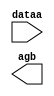
// megafunction wizard: %LPM_COMPARE%VBB%
// GENERATION: STANDARD
// VERSION: WM1.0
// MODULE: LPM_COMPARE 

// ============================================================
// Megafunction Name(s):
// 			LPM_COMPARE
//
// Simulation Library Files(s):
// 			lpm
// ============================================================
// ************************************************************
// THIS IS A WIZARD-GENERATED FILE. DO NOT EDIT THIS FILE!
//
// 17.1.0 Build 590 10/25/2017 SJ Lite Edition
// ************************************************************

//Copyright (C) 2017  Intel Corporation. All rights reserved.
//Your use of Intel Corporation's design tools, logic functions 
//and other software and tools, and its AMPP partner logic 
//functions, and any output files from any of the foregoing 
//(including device programming or simulation files), and any 
//associated documentation or information are expressly subject 
//to the terms and conditions of the Intel Program License 
//Subscription Agreement, the Intel Quartus Prime License Agreement,
//the Intel FPGA IP License Agreement, or other applicable license
//agreement, including, without limitation, that your use is for
//the sole purpose of programming logic devices manufactured by
//Intel and sold by Intel or its authorized distributors.  Please
//refer to the applicable agreement for further details.

module comparate (
	dataa,
	agb);

	input	[7:0]  dataa;
	output	  agb;

endmodule

// ============================================================
// CNX file retrieval info
// ============================================================
// Retrieval info: PRIVATE: AeqB NUMERIC "0"
// Retrieval info: PRIVATE: AgeB NUMERIC "0"
// Retrieval info: PRIVATE: AgtB NUMERIC "1"
// Retrieval info: PRIVATE: AleB NUMERIC "0"
// Retrieval info: PRIVATE: AltB NUMERIC "0"
// Retrieval info: PRIVATE: AneB NUMERIC "0"
// Retrieval info: PRIVATE: INTENDED_DEVICE_FAMILY STRING "MAX 10"
// Retrieval info: PRIVATE: LPM_PIPELINE NUMERIC "0"
// Retrieval info: PRIVATE: Latency NUMERIC "0"
// Retrieval info: PRIVATE: PortBValue NUMERIC "7"
// Retrieval info: PRIVATE: Radix NUMERIC "10"
// Retrieval info: PRIVATE: SYNTH_WRAPPER_GEN_POSTFIX STRING "0"
// Retrieval info: PRIVATE: SignedCompare NUMERIC "0"
// Retrieval info: PRIVATE: aclr NUMERIC "0"
// Retrieval info: PRIVATE: clken NUMERIC "0"
// Retrieval info: PRIVATE: isPortBConstant NUMERIC "1"
// Retrieval info: PRIVATE: nBit NUMERIC "8"
// Retrieval info: PRIVATE: new_diagram STRING "1"
// Retrieval info: LIBRARY: lpm lpm.lpm_components.all
// Retrieval info: CONSTANT: LPM_HINT STRING "ONE_INPUT_IS_CONSTANT=YES"
// Retrieval info: CONSTANT: LPM_REPRESENTATION STRING "UNSIGNED"
// Retrieval info: CONSTANT: LPM_TYPE STRING "LPM_COMPARE"
// Retrieval info: CONSTANT: LPM_WIDTH NUMERIC "8"
// Retrieval info: USED_PORT: agb 0 0 0 0 OUTPUT NODEFVAL "agb"
// Retrieval info: USED_PORT: dataa 0 0 8 0 INPUT NODEFVAL "dataa[7..0]"
// Retrieval info: CONNECT: @dataa 0 0 8 0 dataa 0 0 8 0
// Retrieval info: CONNECT: @datab 0 0 8 0 7 0 0 8 0
// Retrieval info: CONNECT: agb 0 0 0 0 @agb 0 0 0 0
// Retrieval info: GEN_FILE: TYPE_NORMAL comparate.v TRUE
// Retrieval info: GEN_FILE: TYPE_NORMAL comparate.inc FALSE
// Retrieval info: GEN_FILE: TYPE_NORMAL comparate.cmp FALSE
// Retrieval info: GEN_FILE: TYPE_NORMAL comparate.bsf TRUE
// Retrieval info: GEN_FILE: TYPE_NORMAL comparate_inst.v TRUE
// Retrieval info: GEN_FILE: TYPE_NORMAL comparate_bb.v TRUE
// Retrieval info: LIB_FILE: lpm